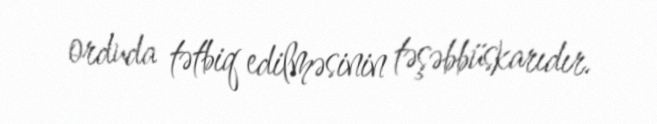
orduda tətbiq edilməsinin təşəbbüskarıdır.